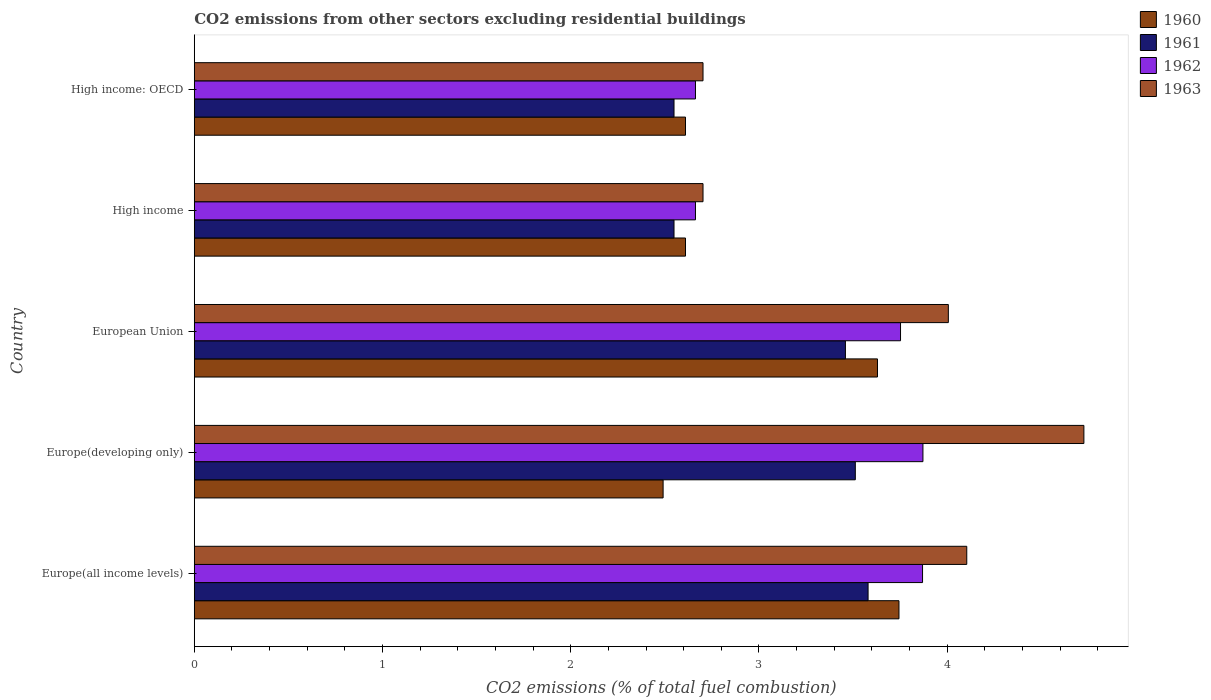
| Country | 1960 | 1961 | 1962 | 1963 |
 | --- | --- | --- | --- | --- |
 | Europe(all income levels) | 3.74 | 3.58 | 3.87 | 4.1 |
 | Europe(developing only) | 2.49 | 3.51 | 3.87 | 4.73 |
 | European Union | 3.63 | 3.46 | 3.75 | 4.01 |
 | High income | 2.61 | 2.55 | 2.66 | 2.7 |
 | High income: OECD | 2.61 | 2.55 | 2.66 | 2.7 |